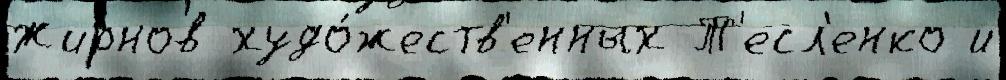
Жирнов худо́жеств'енных Т'есл'енко и